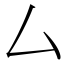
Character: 厶